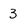
Character: 3